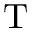
\mathrm { T }